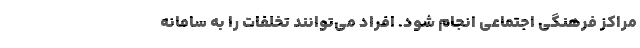
مراکز فرهنگی اجتماعی انجام شود. افراد می‌توانند تخلفات را به سامانه